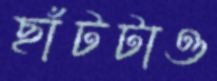
ছাঁটটাও